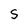
Character: S